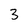
Character: 3